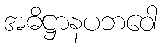
အဓိဋ္ဌာနပဘဝေါ